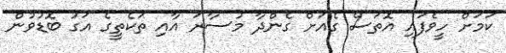
ކަމަށް ހީވެފައި އޮތަސް ގެއަށް ގެންދާ މުސާރަ އާއި ތަކެތީގެ އަގު ބޮޑުވުން